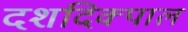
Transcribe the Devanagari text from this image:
दशदिक्पाल